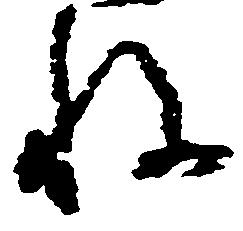
ね